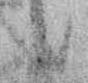
候